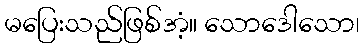
မပြေးသည်ဖြစ်အံ့။ သောဒေါသော၊